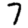
Digit: 7